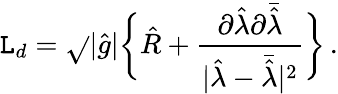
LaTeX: {\cal\mathtt{L}}_{d}=\sqrt{}{{|\hat{{g}}|}}\bigg\{ {\hat{{R}}}+{\frac{{\partial{\hat{{\lambda}}}\partial\bar{{\hat{{\lambda}}}}}}{{|{\hat{{\lambda}}}-\bar{{\hat{{\lambda}}}}|^{2}}}}\bigg\} \, .